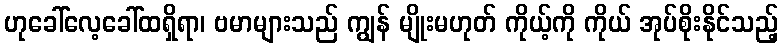
ဟုခေါ်လေ့ခေါ်ထရှိရာ၊ ဗမာများသည် ကျွန် မျိုးမဟုတ် ကိုယ့်ကို ကိုယ် အုပ်စိုးနိုင်သည့်